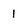
Character: 1